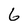
Character: 6